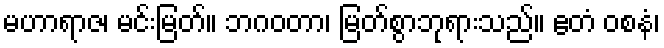
မဟာရာဇ၊ မင်းမြတ်။ ဘဂဝတာ၊ မြတ်စွာဘုရားသည်။ ဧတံ ဝစနံ၊